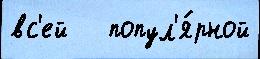
вс'ей   попул'я́рной